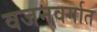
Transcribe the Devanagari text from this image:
वजनवर्गात